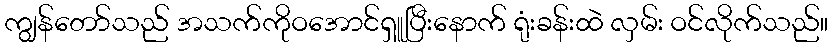
ကျွန်တော်သည် အသက်ကိုဝအောင်ရှူပြီးနောက် ရုံးခန်းထဲ လှမ်း ဝင်လိုက်သည်။